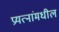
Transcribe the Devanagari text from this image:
प्रयत्‍नांमधील